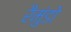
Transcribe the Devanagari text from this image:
रैमुंडो